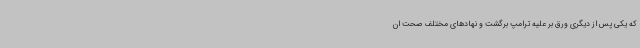
که یکی پس از دیگری ورق بر علیه ترامپ برگشت و نهادهای مختلف صحت ان